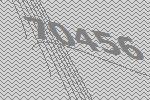
70456